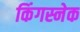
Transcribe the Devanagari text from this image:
किंगस्नेक